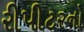
રીપીટરનો